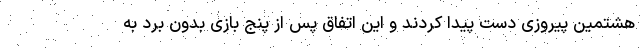
هشتمین پیروزی دست پیدا کردند و این اتفاق پس از پنج بازی بدون برد به